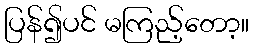
ပြန်၍ပင် မကြည့်တော့။